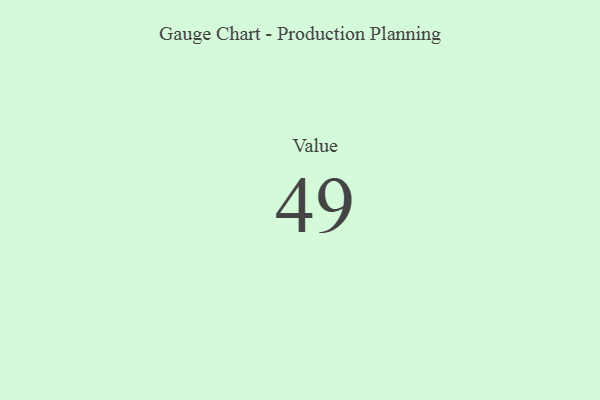
{"axis": {"x": "Metric", "y": "Value"}, "legend": [""], "data": [{"x": "Value", "y": 49, "type": ""}]}